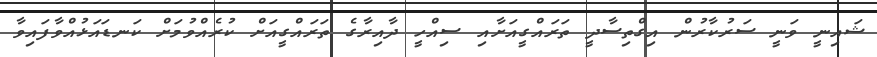
ޝައިނީ ވަނީ ސަރުކާރުން އިގްތިސާދީ ތަރައްގީއަށާއި ސިއްހީ ދާއިރާގެ ތަރައްގީއަށް ކުރެއްވުމަށް ކަނޑައަޅުއްވާފައިވާ